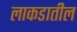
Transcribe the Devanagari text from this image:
लाकडातील